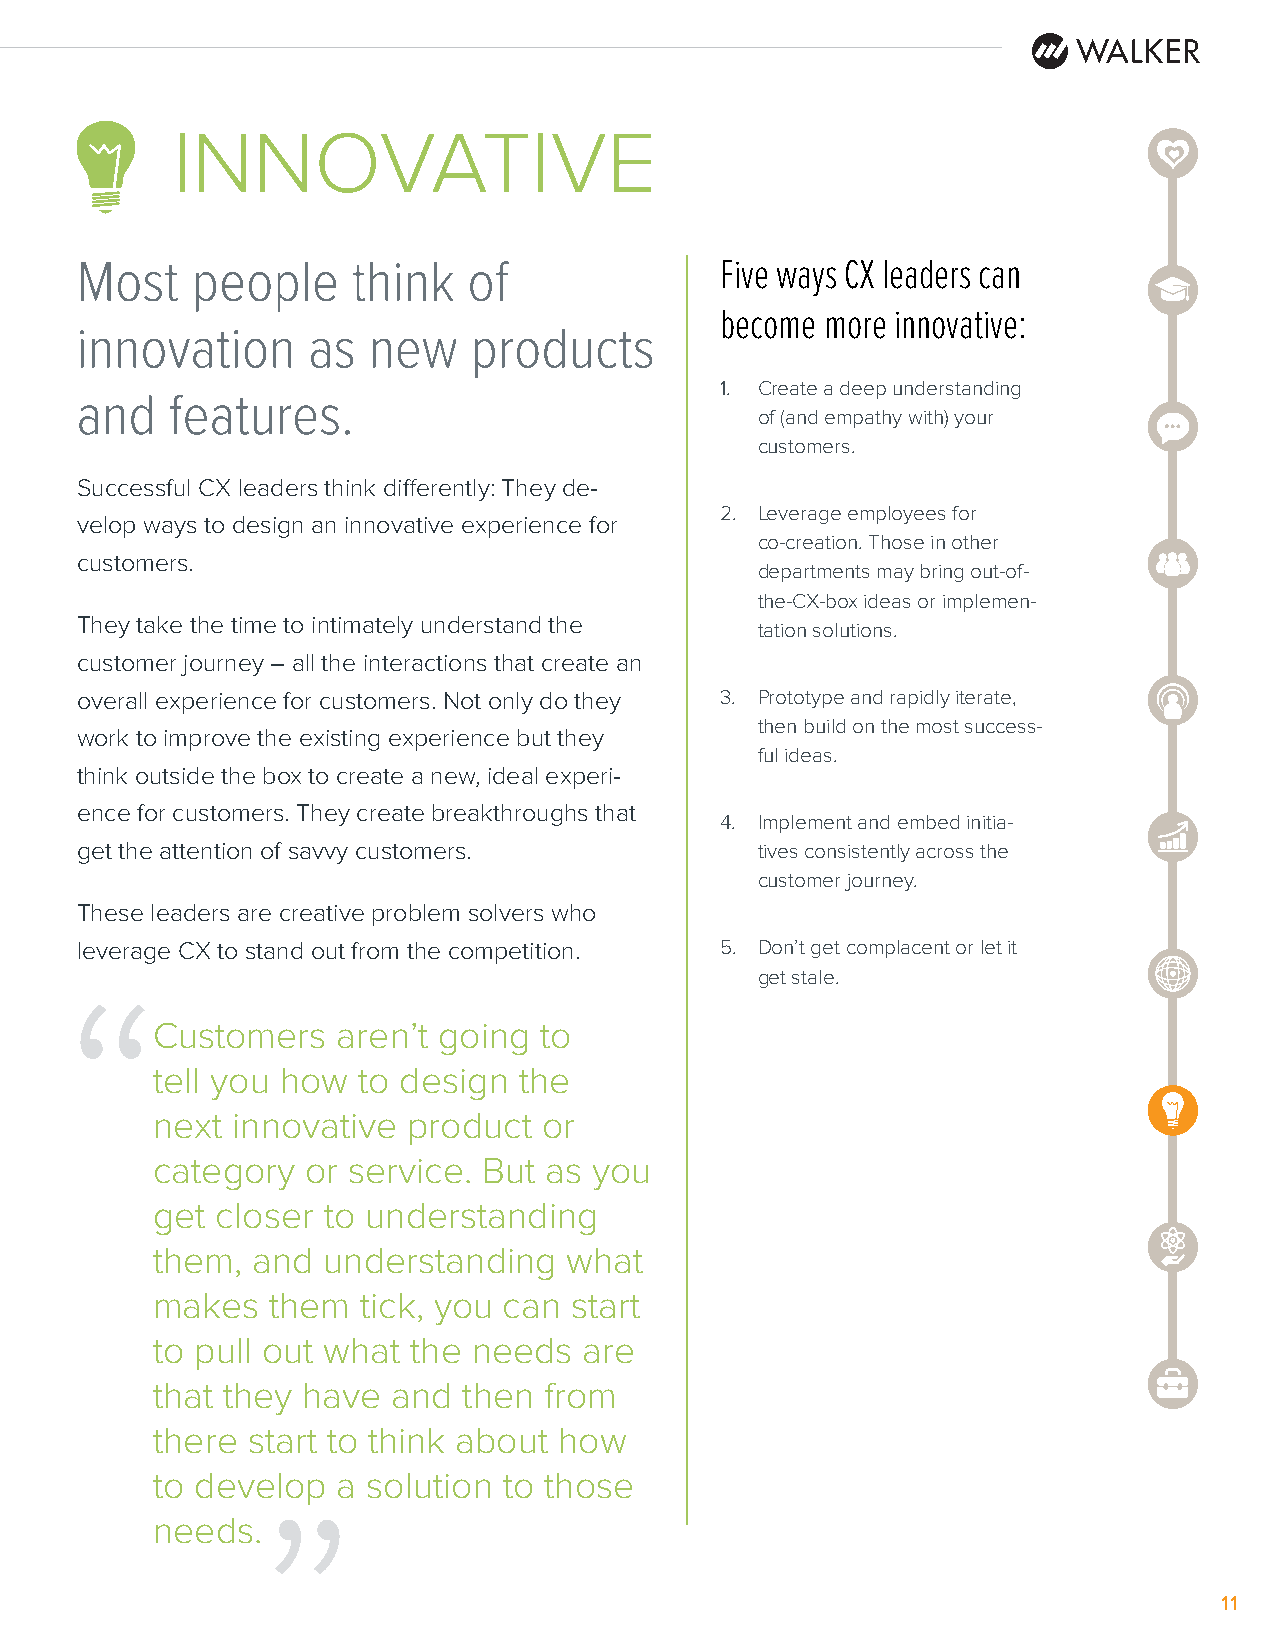
INNOVATIVE
 Most    people    think   of               Five ways CX leaders can
 become more innovative:
 innovation     as  new    products
 1. Create a deep understanding
 and   features.
 of (and empathy with) your
 customers.
 Successful CX leaders think differently: They de-
 2. Leverage employees for
 velop ways to design an innovative experience for
 co-creation. Those in other
 customers.
 departments may bring out-of-
 the-CX-box ideas or implemen-
 They take the time to intimately understand the
 tation solutions.
 customer journey – all the interactions that create an
 overall experience for customers. Not only do they 3. Prototype and rapidly iterate,
 then build on the most success-
 work to improve the existing experience but they
 ful ideas.
 think outside the box to create a new, ideal experi-
 ence for customers. They create breakthroughs that
 4. Implement and embed initia-
 get the attention of savvy customers.        tives consistently across the
 customer journey.
 These leaders are creative problem solvers who
 leverage CX to stand out from the competition. 5. Don’t get complacent or let it
 get stale.
 “
 Customers   aren’t going  to
 tell you how  to design the
 next innovative  product  or
 category  or service. But as you
 get closer to understanding
 them,  and understanding   what
 “
 makes   them  tick, you can start
 to pull out what the needs   are
 that they have  and  then from
 there start to think about how
 to develop  a solution to those
 needs.
 11